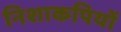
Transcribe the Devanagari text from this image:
निशाकपियों